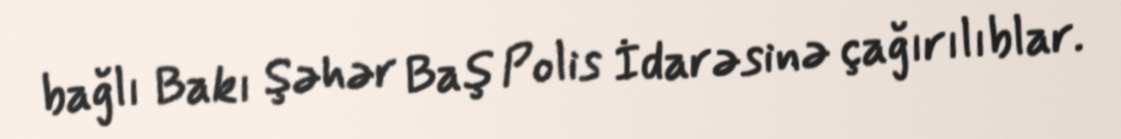
bağlı Bakı Şəhər Baş Polis İdarəsinə çağırılıblar.